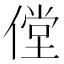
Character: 㑽